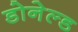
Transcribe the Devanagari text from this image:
डोनेल्ड